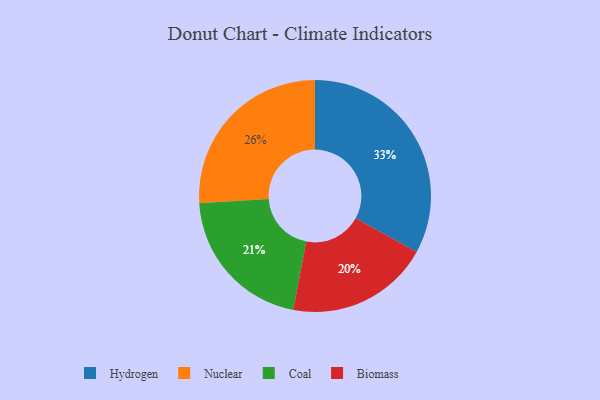
{"axis": {"x": "Category", "y": "Percentage"}, "legend": ["Biomass", "Coal", "Hydrogen", "Nuclear"], "data": [{"x": "Hydrogen", "y": 33, "type": "Hydrogen"}, {"x": "Biomass", "y": 20, "type": "Biomass"}, {"x": "Nuclear", "y": 26, "type": "Nuclear"}, {"x": "Coal", "y": 21, "type": "Coal"}]}